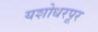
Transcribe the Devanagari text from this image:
यशोधरपूर